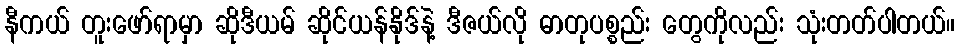
နီကယ် တူးဖော်ရာမှာ ဆိုဒီယမ် ဆိုင်ယန်နိုဒ်နဲ့ ဒီဇယ်လို ဓာတုပစ္စည်း တွေကိုလည်း သုံးတတ်ပါတယ်။